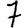
Digit: 7